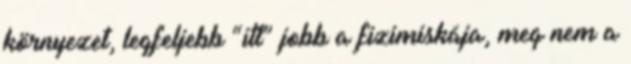
környezet, legfeljebb “itt” jobb a fizimiskája, meg nem a